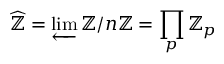
{ \widehat { \mathbb { Z } } } = \varprojlim \mathbb { Z } / n \mathbb { Z } = \prod _ { p } \mathbb { Z } _ { p }